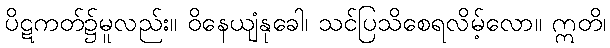
ပိဋကတ်၌မူလည်း။ ဝိနေယျံနုခေါ၊ သင်ပြသိစေရလိမ့်လော။ ဣတိ၊